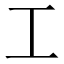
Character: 工